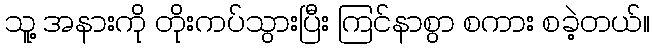
သူ့ အနားကို တိုးကပ်သွားပြီး ကြင်နာစွာ စကား စခဲ့တယ်။